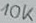
Text: 10K